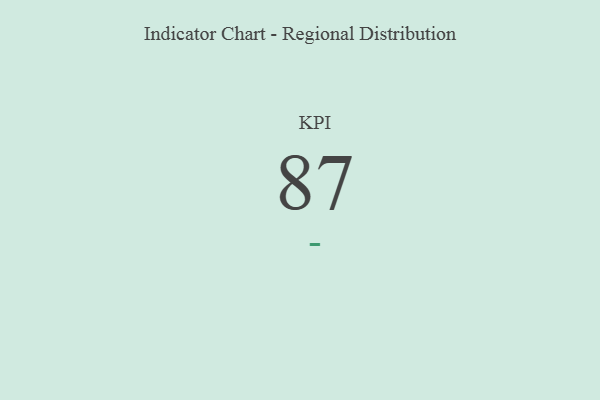
{"axis": {"x": "KPI", "y": "Value"}, "legend": [""], "data": [{"x": "KPI", "y": 87, "type": ""}]}